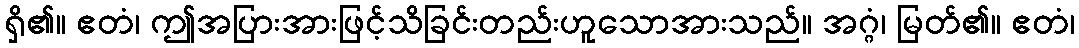
ရှိ၏။ ဧတံ၊ ဤအပြားအားဖြင့်သိခြင်းတည်းဟူသောအားသည်။ အဂ္ဂံ၊ မြတ်၏။ ဧတံ၊